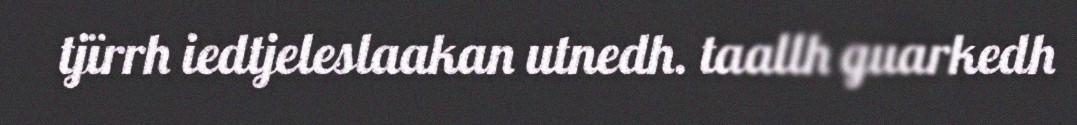
tjïrrh iedtjeleslaakan utnedh. taallh guarkedh